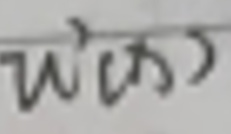
\(w'(x)\)